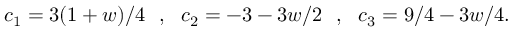
c _ { 1 } = 3 ( 1 + w ) / 4 \: \: \: , \: \: \: c _ { 2 } = - 3 - 3 w / 2 \: \: \: , \: \: \: c _ { 3 } = 9 / 4 - 3 w / 4 .